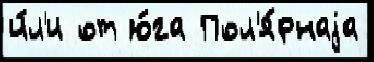
и́л'и от ю́га Пол'я́рнаjа